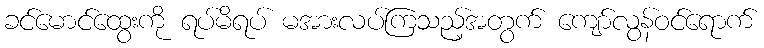
ခင်မောင်ထွေးကို ရပ်မိရပ် မအားလပ်ကြသည့်အတွက် ကျော်လွန်ဝင်ရောက်